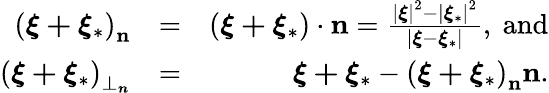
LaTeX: \begin{array}{rlr}{\left(\boldsymbol{\xi+\xi}_{\ast}\right)_{\mathbf{n}}}&{=}&{\left(\boldsymbol{\xi+\xi}_{\ast}\right)\cdot\mathbf{n}=\frac{\left\vert\boldsymbol{\xi}\right\vert^{2}-\left\vert\boldsymbol{\xi}_{\ast}\right\vert^{2}}{\left\vert\boldsymbol{\xi}-\boldsymbol{\xi}_{\ast}\right\vert},\mathrm{\ and}}\\ {\left(\boldsymbol{\xi+\xi}_{\ast}\right)_{\perp_{\boldsymbol{n}}}}&{=}&{\boldsymbol{\xi+\xi}_{\ast}-\left(\boldsymbol{\xi+\xi}_{\ast}\right)_{\mathbf{n}}\mathbf{n}.}\end{array}